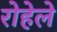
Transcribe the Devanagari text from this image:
रोहेले